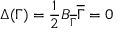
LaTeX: \Delta ( \Gamma ) = { \frac { 1 } { 2 } } B _ { \overline { { \Gamma } } } \overline { { \Gamma } } = 0